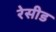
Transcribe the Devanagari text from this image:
रेसीड